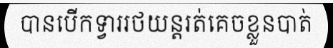
បានបើកទ្វាររថយន្តរត់គេចខ្លួនបាត់